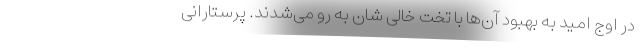
در اوج امید به بهبود آن‌ها با تخت خالی شان به رو می‌شدند. پرستارانی